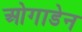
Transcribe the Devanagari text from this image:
ओगाडेन